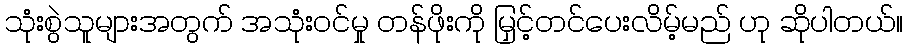
သုံးစွဲသူများအတွက် အသုံးဝင်မှု တန်ဖိုးကို မြှင့်တင်ပေးလိမ့်မည် ဟု ဆိုပါတယ်။